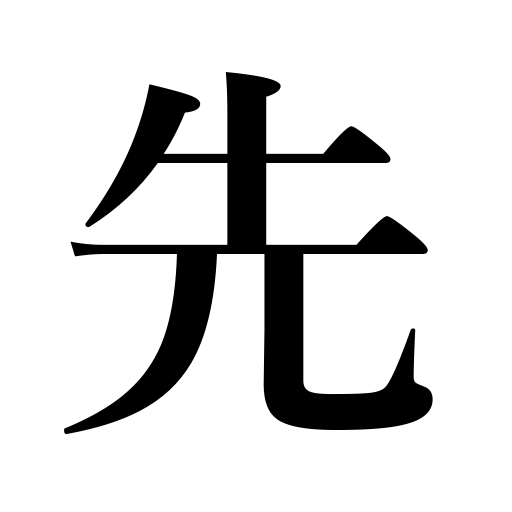
Meanings: the other party,end,destination,precedence,remainder,future,priority,head of a line,point,sequel,objective,tip,nozzle,the first priority,the future